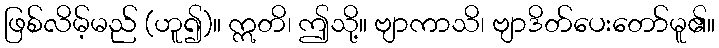
ဖြစ်လိမ့်မည် (ဟူ၍)။ ဣတိ၊ ဤသို့။ ဗျာကာသိ၊ ဗျာဒိတ်ပေးတော်မူ၏။